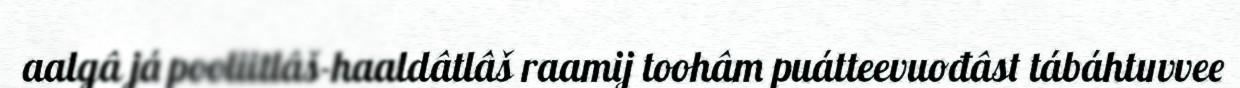
aalgâ já pooliitlâš-haaldâtlâš raamij toohâm puátteevuođâst tábáhtuvvee